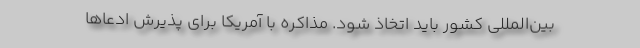
بین‌المللی کشور باید اتخاذ شود. مذاکره با آمریکا برای پذیرش ادعاها